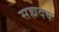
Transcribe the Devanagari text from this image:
सह्मदय